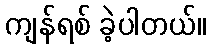
ကျန်ရစ် ခဲ့ပါတယ်။